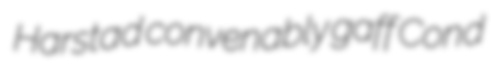
Harstad convenably gaff Cond